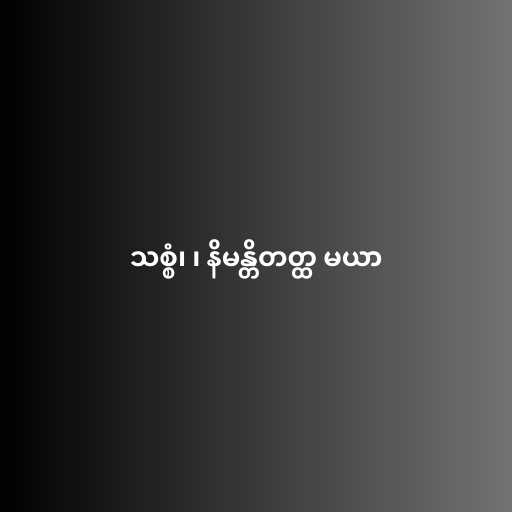
သစ္စံ၊ ၊ နိမန္တိတတ္ထ မယာ